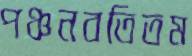
পঞ্চনবতিতম